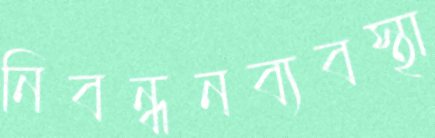
নিবন্ধনব্যবস্থা